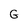
Character: G